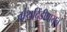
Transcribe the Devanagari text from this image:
ग्रंथदिंडीपासून